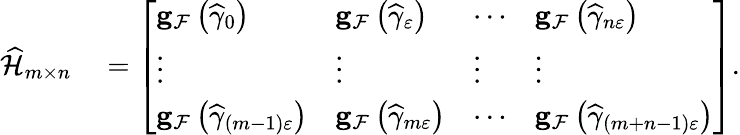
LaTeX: \begin{array}{rl}{\widehat{\mathcal{H}}_{m\times n}}&{{}=\left[\begin{array}{llll}{\mathbf{g}_{\mathcal{F}}\left(\widehat{\gamma}_{0}\right)}&{\mathbf{g}_{\mathcal{F}}\left(\widehat{\gamma}_{\varepsilon}\right)}&{\cdots}&{\mathbf{g}_{\mathcal{F}}\left(\widehat{\gamma}_{n\varepsilon}\right)}\\ {\vdots}&{\vdots}&{\vdots}&{\vdots}\\ {\mathbf{g}_{\mathcal{F}}\left(\widehat{\gamma}_{\left(m-1\right)\varepsilon}\right)}&{\mathbf{g}_{\mathcal{F}}\left(\widehat{\gamma}_{m\varepsilon}\right)}&{\cdots}&{\mathbf{g}_{\mathcal{F}}\left(\widehat{\gamma}_{\left(m+n-1\right)\varepsilon}\right)}\end{array}\right].}\end{array}